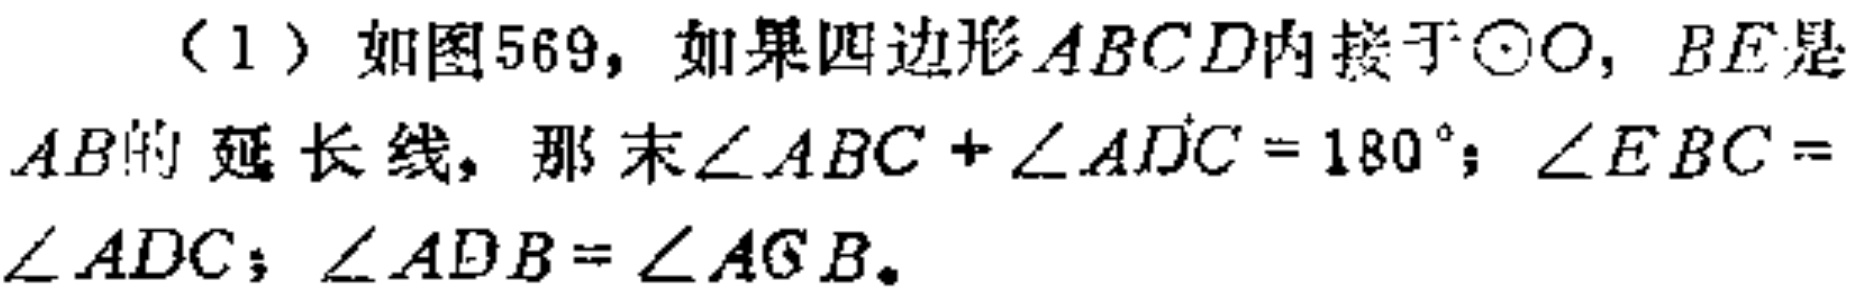
（1）如图569，如果四边形\(ABCD\)内接于\(\odot O\)，\(BE\)是\(AB\)的延长线，那么\(\angle ABC + \angle ADC = 180^{\circ}\)；\(\angle EBC = \angle ADC\)；\(\angle ADB = \angle ACB\)。